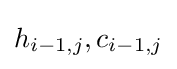
h_{i-1,j},c_{i-1,j}